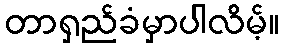
တာရှည်ခံမှာပါလိမ့်။